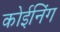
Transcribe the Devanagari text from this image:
कोईनिंग